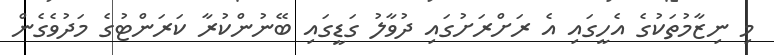
މި ނިޒާމުތަކުގެ އެހީގައި އެ ރަށްރަށުގައި ދުވާލު ގަޑީގައި ބޭނުންކުރާ ކަރަންޓުގެ މަދުވެގެން